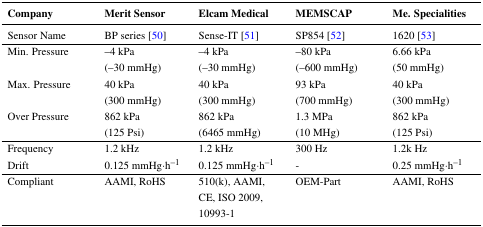
| Company | Merit Sensor | Elcam Medical | MEMSCAP | Me. Specialities |
 | --- | --- | --- | --- | --- |
 | Sensor Name | BP series [50] | Sense-IT [51] | SP854 [52] | 1620 [53] |
 | Min. Pressure | –4 kPa (–30 mmHg) | –4 kPa (–30 mmHg) | –80 kPa (–600 mmHg) | 6.66 kPa (50 mmHg) |
 | Max. Pressure | 40 kPa (300 mmHg) | 40 kPa (300 mmHg) | 93 kPa (700 mmHg) | 40 kPa (300 mmHg) |
 | Over Pressure | 862 kPa (125 Psi) | 862 kPa (6465 mmHg) | 1.3 MPa (10 MHg) | 862 kPa (125 Psi) |
 | Frequency | 1.2 kHz | 1.2 kHz | 300 Hz | 1.2k Hz |
 | Drift | 0.125 mmHg·h−1 | 0.125 mmHg·h−1 | - | 0.25 mmHg·h−1 |
 | Compliant | AAMI, RoHS | 510(k), AAMI, CE, ISO 2009, 10993-1 | OEM-Part | AAMI, RoHS |